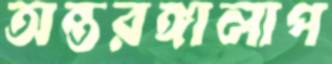
অন্তরঙ্গালাপ